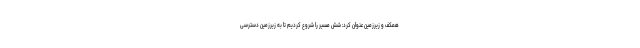
همکف و زیرزمین عنوان کرد: شش مسیر را شروع کردیم تا به زیرزمین دسترسی